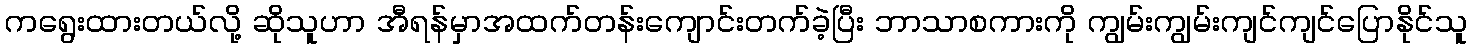
ကရွေးထားတယ်လို့ ဆိုသူဟာ အီရန်မှာအထက်တန်းကျောင်းတက်ခဲ့ပြီး ဘာသာစကားကို ကျွမ်းကျွမ်းကျင်ကျင်ပြောနိုင်သူ